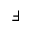
\Finv